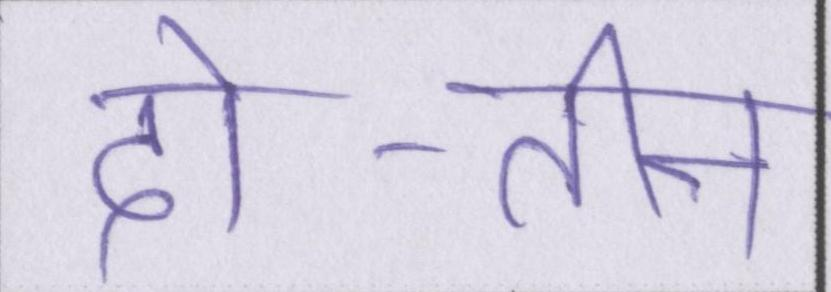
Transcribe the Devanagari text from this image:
दो-तीन